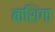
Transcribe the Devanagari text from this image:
बाशिंगा